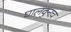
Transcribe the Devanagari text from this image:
घालवुनच